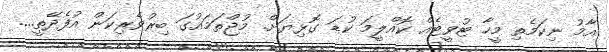
އާމު ނިކަމެތި މީހާ ޓުވީޓެއް ކޮއްލީމަ ކުޑަ ގޮޅިޔަށް. މުޖްތަމައުގަ ބިރުވެރިކަން އުފެދޭތީ....